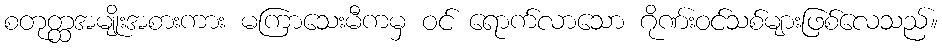
စတုတ္ထအမျိုးအစားကား မကြာသေးမီကမှ ဝင် ရောက်လာသော ဂိုဏ်းဝင်သစ်များဖြစ်လေသည်။